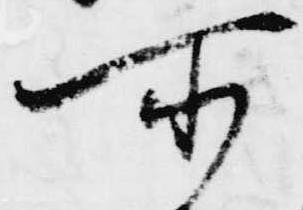
所